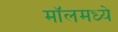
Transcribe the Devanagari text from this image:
मॉलमध्ये